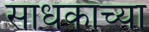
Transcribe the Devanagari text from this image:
साधकाच्या